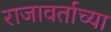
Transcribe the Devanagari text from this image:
राजावर्ताच्या